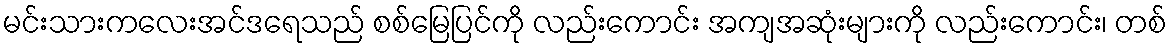
မင်းသားကလေးအင်ဒရေသည် စစ်မြေပြင်ကို လည်းကောင်း အကျအဆုံးများကို လည်းကောင်း၊ တစ်